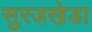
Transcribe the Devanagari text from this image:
सुरजखेडा